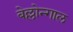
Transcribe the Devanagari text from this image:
बेल्लोन्गाल